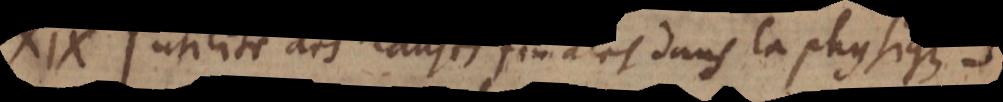
XIX. Utilité des causes finales dans la physique.